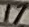
Text: 17